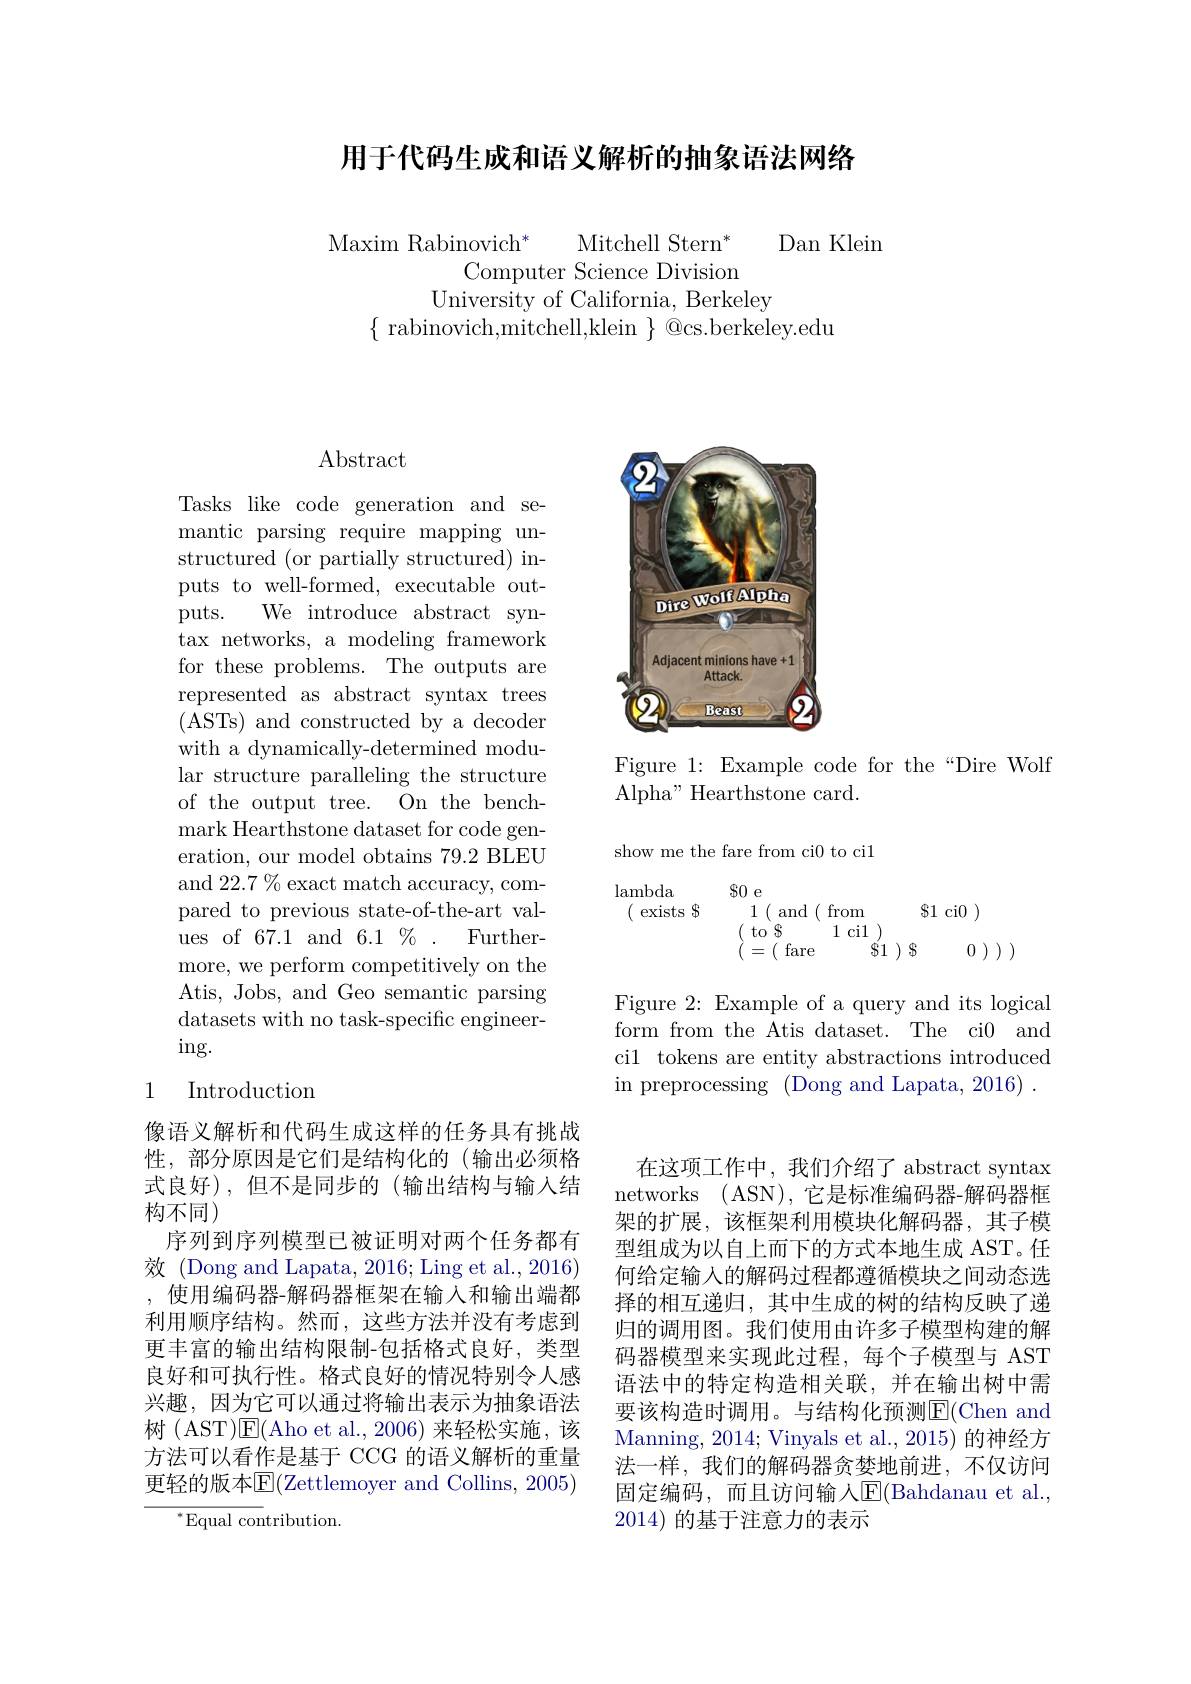
用于代码生成和语义解析的抽象语法网络

Maxim Rabinovich* Mitchell Stern* Dan Klein
Computer Science Division
University of California, Berkeley
$\{$ rabinovich,mitchell,klein $\}$ @cs.berkeley.edu

## $\operatorname{Abstract}$

Tasks like code generation and semantic parsing require mapping unstructured (or partially structured) inputs to well-formed, executable outputs. We introduce abstract syntax networks, a modeling framework for these problems. The outputs are represented as abstract syntax trees ( ASTs) and constructed by a decoder with a dynamically-determined modular structure paralleling the structure of the output tree. On the benchmark Hearthstone dataset for code generation, our model obtains 79.2 BLEU and 22.7 % exact match accuracy, compared to previous state-of-the-art values of 67.1 and $6.1\%.$Furthermore, we perform competitively on the Atis, Jobs, and Geo semantic parsing datasets with no task-specific engineer- $\operatorname{ing.}$

### 1 Introduction

像语义解析和代码生成这样的任务具有挑战性，部分原因是它们是结构化的(输出必须格式良好),但不是同步的(输出结构与输入结构不同)
序列到序列模型已被证明对两个任务都有效 (Dong and Lapata, 2016; Ling et al., 2016) ,使用编码器-解码器框架在输入和输出端都利用顺序结构。然而，这些方法并没有考虑到更丰富的输出结构限制-包括格式良好，类型良好和可执行性。格式良好的情况特别令人感兴趣，因为它可以通过将输出表示为抽象语法树 (AST)$\mathsf{E}($Aho et al., 2006) 来轻松实施，该方法可以看作是基于 CCG 的语义解析的重量更轻的版本E(Zettlemoyer and Collins, 2005)
$^{*}$Equal contribution.

<FigureHere>

Figure 1: Example code for the“Dire Wolf
Alpha" Hearthstone card.

show me the fare from ci0 to cil
$$\begin{array}{ccccccccccccccccccccccccccccccccccccccccccccccccccccccccccccccccccccccccccccccccccccccccccccccc}\end{array}$$
Figure 2: Example of a query and its logical form from the Atis dataset. The ci0 and ci1 tokens are entity abstractions introduced in preprocessing (Dong and Lapata, 2016) .

在这项工作中，我们介绍了 abstract syntax networks (ASN),它是标准编码器-解码器框架的扩展，该框架利用模块化解码器，其子模型组成为以自上而下的方式本地生成 AST。任何给定输入的解码过程都遵循模块之间动态选择的相互递归，其中生成的树的结构反映了递归的调用图。我们使用由许多子模型构建的解码器模型来实现此过程，每个子模型与 AST 语法中的特定构造相关联，并在输出树中需要该构造时调用。与结构化预测$\overline{\mathrm{E}}($Chen and Manning, 2014; Vinyals et al. , 2015) 的神经方法一样，我们的解码器贪婪地前进，不仅访问固定编码，而且访问输入$\operatorname{E}($Bahdanau et al., 2014)的基于注意力的表示